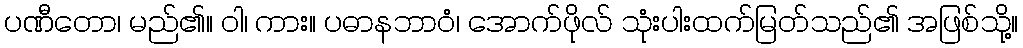
ပဏီတော၊ မည်၏။ ဝါ၊ ကား။ ပဓာနဘာဝံ၊ အောက်ဖိုလ် သုံးပါးထက်မြတ်သည်၏ အဖြစ်သို့။